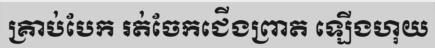
គ្រាប់បែក រត់ចែកជើងព្រាត ឡើងហុយ